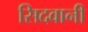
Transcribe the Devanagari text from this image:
सिदवानी